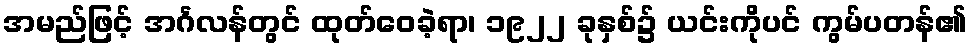
အမည်ဖြင့် အင်္ဂလန်တွင် ထုတ်ဝေခဲ့ရာ၊ ၁၉၂၂ ခုနှစ်၌ ယင်းကိုပင် ကွမ်ပတန်၏